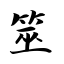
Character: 筮